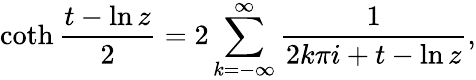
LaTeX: \coth{\frac{t-\ln z}{2}}=2\sum_{k=-\infty}^{\infty}{\frac{1}{2k\pi i+t-\ln z}},